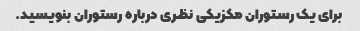
برای یک رستوران مکزیکی نظری درباره رستوران بنویسید.